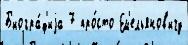
Б'иогра́ф'иjа 7 про́сто Ем'ельянов'ичу